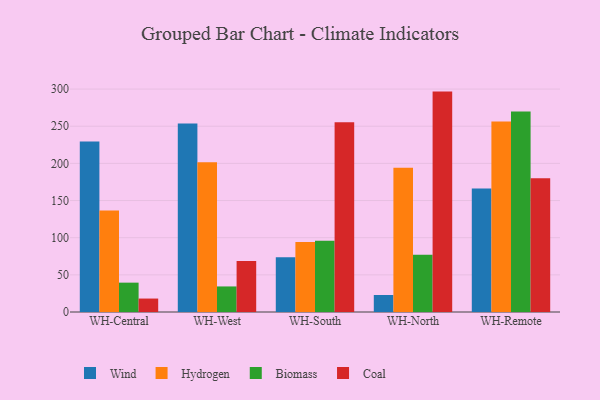
{"axis": {"x": "Warehouse", "y": "Humidity (%)"}, "legend": ["Biomass", "Coal", "Hydrogen", "Wind"], "data": [{"x": "WH-Central", "y": 229.6, "type": "Wind"}, {"x": "WH-Central", "y": 136.6, "type": "Hydrogen"}, {"x": "WH-Central", "y": 39.5, "type": "Biomass"}, {"x": "WH-Central", "y": 18.1, "type": "Coal"}, {"x": "WH-West", "y": 253.7, "type": "Wind"}, {"x": "WH-West", "y": 201.4, "type": "Hydrogen"}, {"x": "WH-West", "y": 34.4, "type": "Biomass"}, {"x": "WH-West", "y": 68.5, "type": "Coal"}, {"x": "WH-South", "y": 73.7, "type": "Wind"}, {"x": "WH-South", "y": 94.2, "type": "Hydrogen"}, {"x": "WH-South", "y": 96.0, "type": "Biomass"}, {"x": "WH-South", "y": 255.4, "type": "Coal"}, {"x": "WH-North", "y": 22.9, "type": "Wind"}, {"x": "WH-North", "y": 194.1, "type": "Hydrogen"}, {"x": "WH-North", "y": 77.1, "type": "Biomass"}, {"x": "WH-North", "y": 296.6, "type": "Coal"}, {"x": "WH-Remote", "y": 166.3, "type": "Wind"}, {"x": "WH-Remote", "y": 256.2, "type": "Hydrogen"}, {"x": "WH-Remote", "y": 269.8, "type": "Biomass"}, {"x": "WH-Remote", "y": 179.9, "type": "Coal"}]}